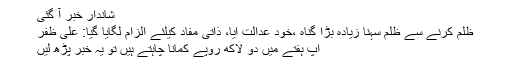
شاندار خبر آ گئی
ظلم کرنے سے ظلم سہنا زیادہ بڑا گناہ ،خود عدالت آیا، ذاتی مفاد کیلئے الزام لگایا گیا: علی ظفر
آپ ہفتے میں دو لاکھ روپے کمانا چاہتے ہیں تو یہ خبر پڑھ لیں